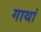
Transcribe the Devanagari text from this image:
गाथां